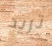
تريد